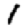
Digit: 1